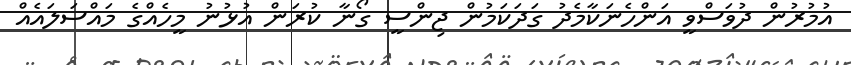
އުމުރުން ދުވަސްވީ އަންހެނަކާމެދު ގަދަކަމުން ޖިންސީ ގޯނާ ކުރަން އުޅުނު މީހެއްގެ މައްސަލައެއް